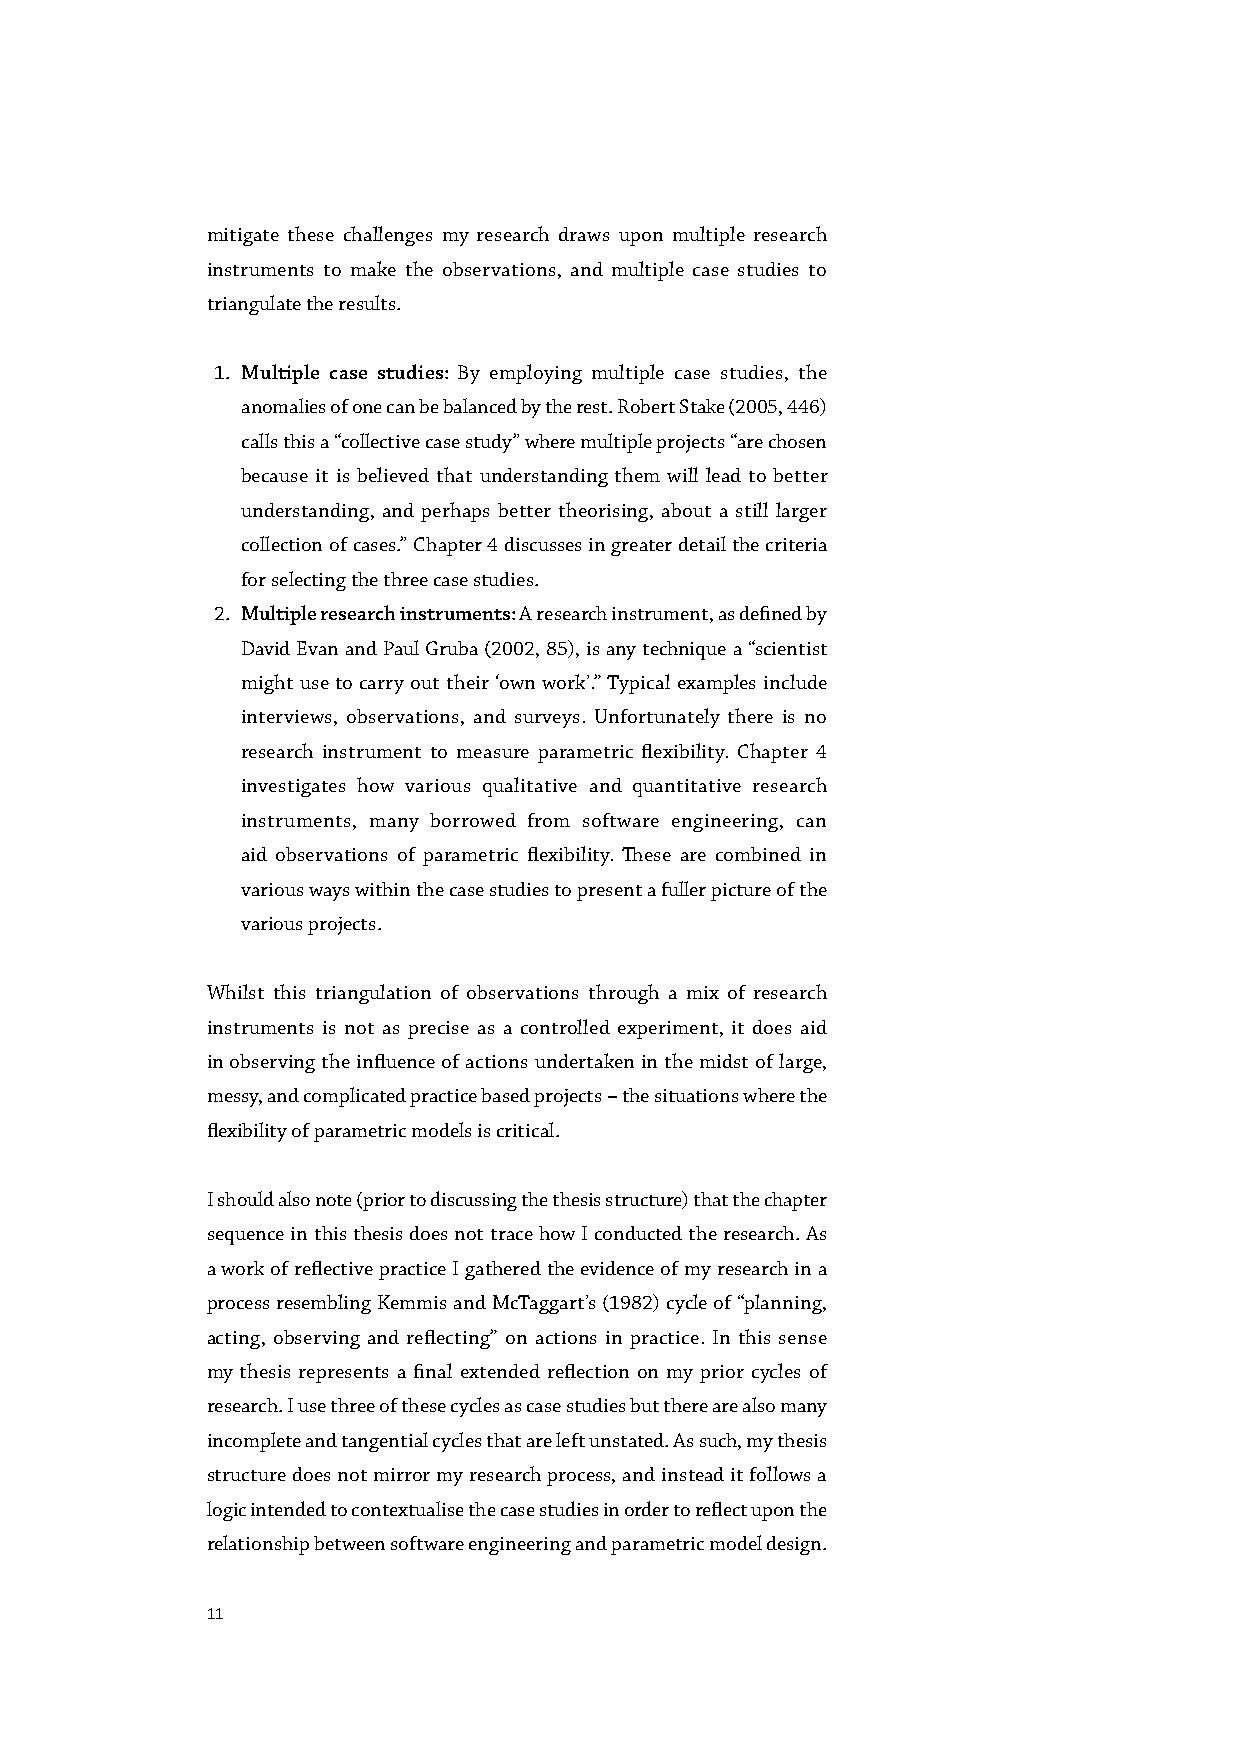
mitigate these challenges my research draws upon multiple research
 instruments to make the observations, and multiple case studies to
 triangulate the results.
 1. Multiple case studies: By employing multiple case studies, the
 anomalies of one can be balanced by the rest. Robert Stake (2005, 446)
 calls this a “collective case study” where multiple projects “are chosen
 because it is believed that understanding them will lead to better
 understanding, and perhaps better theorising, about a still larger
 collection of cases.” Chapter 4 discusses in greater detail the criteria
 for selecting the three case studies.
 2. Multiple research instruments: A research instrument, as defined by
 David Evan and Paul Gruba (2002, 85), is any technique a “scientist
 might use to carry out their ‘own work’.” Typical examples include
 interviews, observations, and surveys. Unfortunately there is no
 research instrument to measure parametric flexibility. Chapter 4
 investigates how various qualitative and quantitative research
 instruments, many borrowed from software engineering, can
 aid observations of parametric flexibility. These are combined in
 various ways within the case studies to present a fuller picture of the
 various projects.
 Whilst this triangulation of observations through a mix of research
 instruments is not as precise as a controlled experiment, it does aid
 in observing the influence of actions undertaken in the midst of large,
 messy, and complicated practice based projects – the situations where the
 flexibility of parametric models is critical.
 I should also note (prior to discussing the thesis structure) that the chapter
 sequence in this thesis does not trace how I conducted the research. As
 a work of reflective practice I gathered the evidence of my research in a
 process resembling Kemmis and McTaggart’s (1982) cycle of “planning,
 acting, observing and reflecting” on actions in practice. In this sense
 my thesis represents a final extended reflection on my prior cycles of
 research. I use three of these cycles as case studies but there are also many
 incomplete and tangential cycles that are left unstated. As such, my thesis
 structure does not mirror my research process, and instead it follows a
 logic intended to contextualise the case studies in order to reflect upon the
 relationship between software engineering and parametric model design.
 11